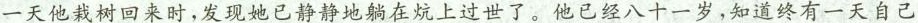
一天他栽树回来时，发现她已静静地躺在炕上过世了。他已经八十一岁，知道终有一天自己